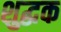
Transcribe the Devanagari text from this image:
शुद्धक